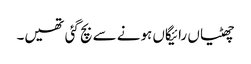
چھٹیاں رائیگاں ہونے سے بچ گئی تھیں۔